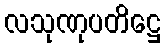
လသုဏုပတိဋ္ဌေ